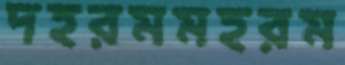
দহরমমহরম